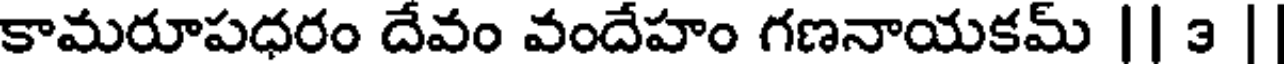
కామరూపధరం దేవం వందేహం గణనాయకమ్ || 3 |